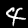
Digit: 4